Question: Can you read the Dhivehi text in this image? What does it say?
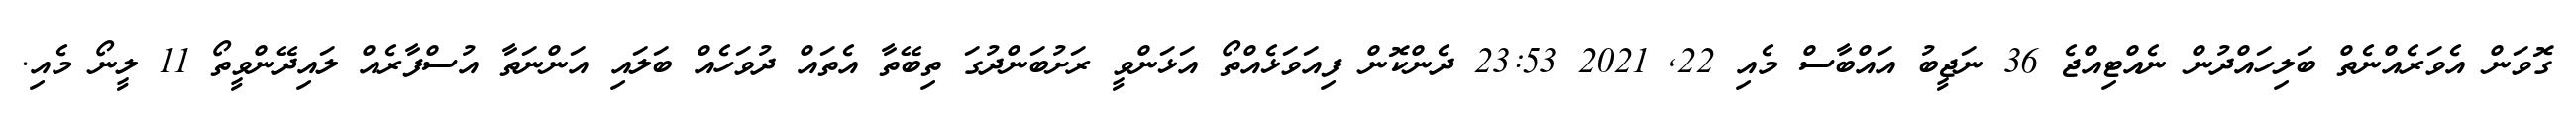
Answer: ގޮވަން އެވަރެއްނެތް ބަލިހައްދުން ނެއްޓިއްޖެ 36 ނަޖީބު އައްބާސް މެއި 22, 2021 23:53 ދެންކޮން ފިއަވަޅެއްތޯ އަޅަންވީ ރަށުބަންދުގަ ތިބޭތާ އެތައް ދުވަހެއް ބަލައި އަންނަތާ އުސްފާރެއް ލައިދޭންވީތޯ 11 ލީނޯ މެއި.